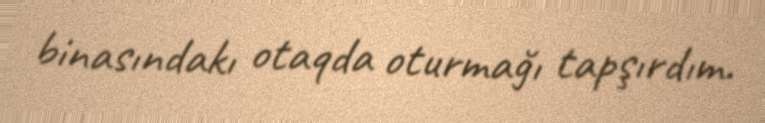
binasındakı otaqda oturmağı tapşırdım.